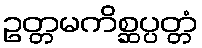
ဥတ္တမကိစ္ဆပ္ပတ္တံ